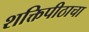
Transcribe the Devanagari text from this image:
शक्तिपीठाचा